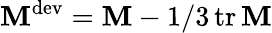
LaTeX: \mathbf{M}^{\mathrm{dev}}=\mathbf{M}-1/3\operatorname{tr}\mathbf{M}